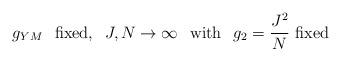
LaTeX: \begin{align*}g_{YM}\hspace{0.3cm}\mbox{fixed,}\hspace{0.3cm}J,N\rightarrow \infty\hspace{0.3cm}\mbox{with}\hspace{0.3cm}g_2=\frac{J^2}{N} \mbox{ fixed}\end{align*}